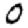
Digit: 0